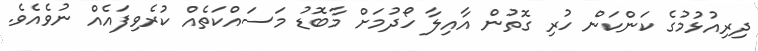
ދިރިއުޅުމުގެ ކަންކަން ހުރި ގޮތުން އާއިލާ ހޯދުމަށް މާބޮޑު މަސައްކަތެއް ކުރެވިފައެއް ނުވެއެވެ.